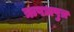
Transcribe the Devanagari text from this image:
ऋषभपुत्र